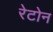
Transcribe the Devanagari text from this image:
रेटोन